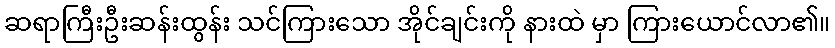
ဆရာကြီးဦးဆန်းထွန်း သင်ကြားသော အိုင်ချင်းကို နားထဲ မှာ ကြားယောင်လာ၏။